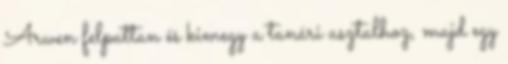
Arwen felpattan és kimegy a tanári asztalhoz, majd egy